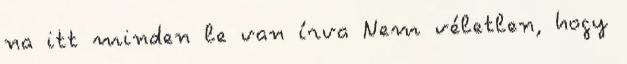
na itt minden le van írva Nem véletlen, hogy